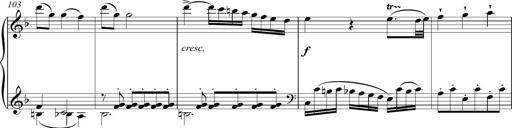
Title: Sonatina Vienesa al estilo de J.Haydn
Composer: JosÃ© RamÃ³n HernÃ¡ndez Bellido